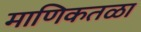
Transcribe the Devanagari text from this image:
माणिकतळा